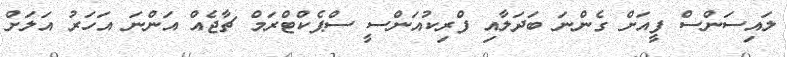
ލައިސަންސް ފީއަށް ގެންނަ ބަދަލާއި ފްރިކުއަންސީ ސްޕެކްޓްރަމް ޗާޖެއް އަންނަ އަހަރު އަލަށް